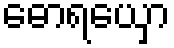
ဓောရယှော